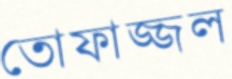
তোফাজ্জল